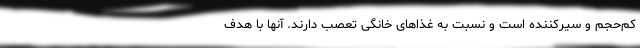
کم‌حجم و سیرکننده است و نسبت به غذاهای خانگی تعصب دارند. آنها با هدف